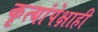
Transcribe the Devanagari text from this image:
कृत्यांपेक्षाही